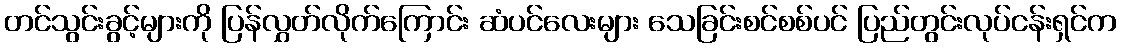
တင်သွင်းခွင့်များကို ပြန်လွှတ်လိုက်ကြောင်း ဆံပင်လေးများ သေခြင်းစင်စစ်ပင် ပြည်တွင်းလုပ်ငန်းရှင်က